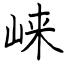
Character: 崃